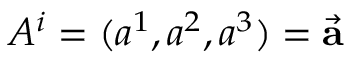
A ^ { i } = ( a ^ { 1 } , a ^ { 2 } , a ^ { 3 } ) = { \vec { \mathbf { a } } }